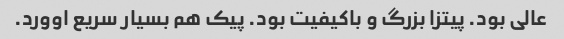
عالی بود. پیتزا بزرگ و باکیفیت بود. پیک هم بسیار سریع اوورد.